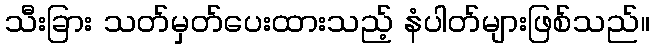
သီးခြား သတ်မှတ်ပေးထားသည့် နံပါတ်များဖြစ်သည်။